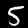
Digit: 5